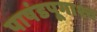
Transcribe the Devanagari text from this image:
पाषंडपूगाश्च